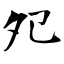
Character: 夗